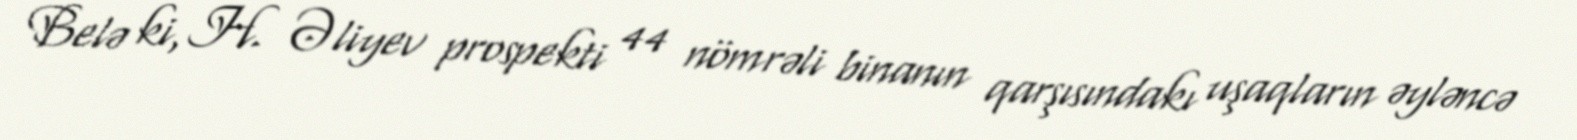
Belə ki, H. Əliyev prospekti 44 nömrəli binanın qarşısındakı uşaqların əyləncə